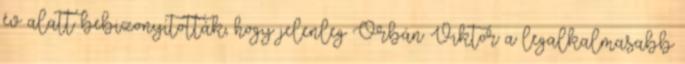
év alatt bebizonyították, hogy jelenleg Orbán Viktor a legalkalmasabb